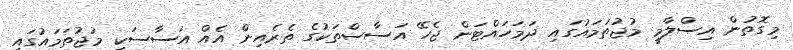
މިގޮތުން އިސްލާމީ މުޖުތަމައުގައި ދަމަހައްޓަން ޖެހޭ އަސާސްތަކުގެ ތެރެއިން އެއް އަސާސަކީ މުޖުތަމައުގައި